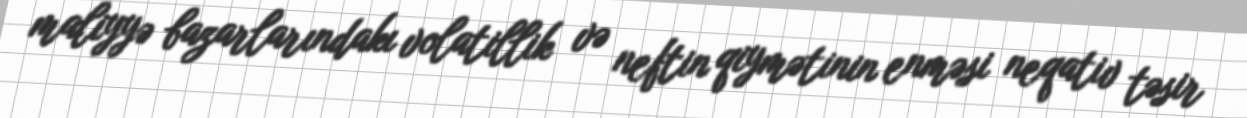
maliyyə bazarlarındakı volatillik və neftin qiymətinin enməsi neqativ təsir